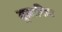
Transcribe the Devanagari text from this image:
मूलाविद्या